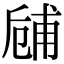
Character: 𠃃